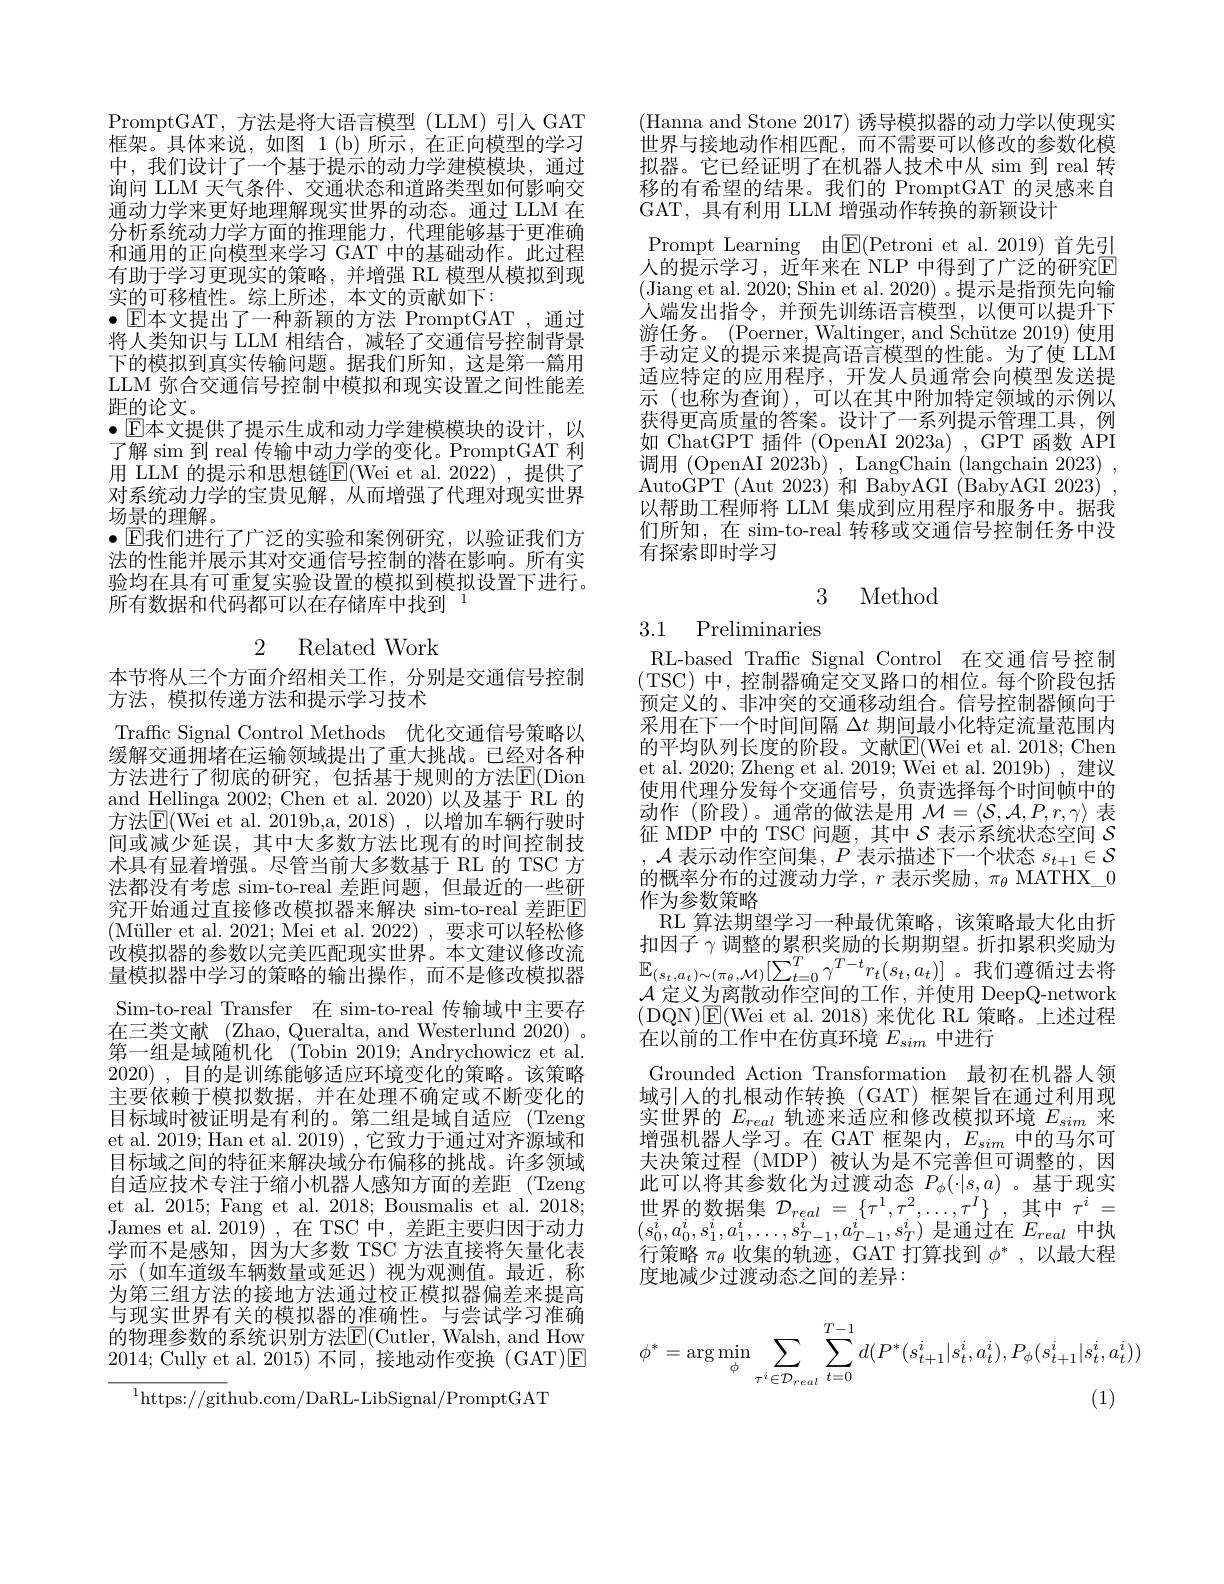
PromptGAT,方法是将大语言模型(LLM)引人 GAT 框架。具体来说，如图 1(b)所示，在正向模型的学习中，我们设计了一个基于提示的动力学建模模块，通过询问 LLM 天气条件、交通状态和道路类型如何影响交通动力学来更好地理解现实世界的动态。通过 LLM 在分析系统动力学方面的推理能力，代理能够基于更准确和通用的正向模型来学习 GAT 中的基础动作。此过程有助于学习更现实的策略，并增强 RL 模型从模拟到现实的可移植性。综上所述，本文的贡献如下：
$\bullet$ $\mathbb{E}$本文提出了一种新颖的方法 PromptGAT,通过将人类知识与 LLM 相结合，减轻了交通信号控制背景下的模拟到真实传输问题。据我们所知，这是第一篇用LLM 弥合交通信号控制中模拟和现实设置之间性能差距的论文。
$\bullet$ $\mathbb{E}$本文提供了提示生成和动力学建模模块的设计，以了解 sim 到 real 传输中动力学的变化。PromptGAT 利用 LLM 的提示和思想链$\overline{\mathrm{E}}($Wei et al.2022),提供了对系统动力学的宝贵见解，从而增强了代理对现实世界场景的理解。
$\bullet$ E我们进行了广泛的实验和案例研究，以验证我们方法的性能并展示其对交通信号控制的潜在影响。所有实验均在具有可重复实验设置的模拟到模拟设置下进行。所有数据和代码都可以在存储库中找到$^{1}$

## 2 Related Work

本节将从三个方面介绍相关工作，分别是交通信号控制
方法，模拟传递方法和提示学习技术
Traffic Signal Control Methods 优化交通信号策略以缓解交通拥堵在运输领域提出了重大挑战。已经对各种方法进行了彻底的研究，包括基于规则的方法$\mathbb{E}($Dion and Hellinga 2002;Chen et al.2020)以及基于 RL 的方法$\overline{\mathrm{E}}($Wei et al. 2019b,a, 2018), 认增加车辆行驶时间或减少延误，其中大多数方法比现有的时间控制技术具有显着增强。尽管当前大多数基于 RL 的 TSC 方法都没有考虑 sim-to-real 差距问题，但最近的一些研究开始通过直接修改模拟器来解决 sim-to-real 差距$\overline{\mathrm{F}}$ (Müller et al. 2021; Mei et al. 2022) , 要求可以轻松修改模拟器的参数以完美匹配现实世界。本文建议修改流量模拟器中学习的策略的输出操作，而不是修改模拟器Sim-to-real Transfer 在 sim-to-real 传输域中主要存在三类文献 (Zhao, Queralta, and Westerlund 2020) 。第一组是域随机化 (Tobin 2019; Andrychowicz et al. 2020) ,目的是训练能够适应环境变化的策略。该策略主要依赖于模拟数据，并在处理不确定或不断变化的目标域时被证明是有利的。第二组是域自适应 (Tzeng et al. 2019; Han et al. 2019) , 它致力于通过对齐源域和目标域之间的特征来解决域分布偏移的挑战。许多领域自适应技术专注于缩小机器人感知方面的差距 (Tzeng et al. 2015; Fang et al. 2018; Bousmalis et al. 2018; James et al. 2019) ,在 TSC 中，差距主要归因于动力学而不是感知，因为大多数 TSC 方法直接将矢量化表示 (如车道级车辆数量或延迟)视为观测值。最近，称为第三组方法的接地方法通过校正模拟器偏差来提高与现实世界有关的模拟器的准确性。与尝试学习准确的物理参数的系统识别方法E(Cutler, Walsh, and How 2014; Cully et al. 2015)不同，接地动作变换 (GAT)$\boxed{\mathrm{E}}$
$^{1}$https://github.com/DaRL-LibSignal/PromptGAT

(Hanna and Stone 2017) 诱导模拟器的动力学以使现实世界与接地动作相匹配，而不需要可以修改的参数化模拟器。它已经证明了在机器人技术中从 sim 到 real 转移的有希望的结果。我们的 PromptGAT 的灵感来自GAT,具有利用 LLM 增强动作转换的新颖设计
Prompt Learning 由$\boxed{\mathbb{E}}($Petroni et al.2019)首先引人的提示学习，近年来在 NLP 中得到了广泛的研究$\overline{\mathrm{E}}$ (Jiang et al. 2020; Shin et al. 2020) 。提示是指预先向输人端发出指令，并预先训练语言模型，以便可以提升下游任务。(Poerner,Waltinger,and Schütze 2019) 使用手动定义的提示来提高语言模型的性能。为了使 LLM 适应特定的应用程序，开发人员通常会向模型发送提示 (也称为查询),可以在其中附加特定领域的示例以获得更高质量的答案。设计了一系列提示管理工具，例如 ChatGPT 插件 (OpenAI 2023a) , GPT 函数 API 调用 (OpenAI 2023b) , LangChain (langchain 2023) , AutoGPT (Aut 2023) 和 BabyAGI (BabyAGI 2023) . 以帮助工程师将 LLM 集成到应用程序和服务中。据我们所知，在 sim-to-real 转移或交通信号控制任务中没有探索即时学习

# 3 Method

# 3.1 Preliminaries

RL-based Traffc Signal Control 在交通信号控制(TSC)中，控制器确定交叉路口的相位。每个阶段包括预定义的、非冲突的交通移动组合。信号控制器倾向于采用在下一个时间间隔$\Delta t$期间最小化特定流量范围内的平均队列长度的阶段。文献$\mathbb{E}($Wei et al. 2018; Chen et al. 2020; Zheng et al. 2019; Wei et al. 2019b) , 建议使用代理分发每个交通信号，负责选择每个时间帧中的动作(阶段)。通常的做法是用$\mathcal{M}=\langle\mathcal{S},\mathcal{A},P,r,\gamma\rangle$表征 MDP 中的 TSC 问题，其中$\mathcal{S}$表示系统状态空间$\mathcal{S}$,$\mathcal{A}$表示动作空间集，$P$表示描述下一个状态$s_t+1\in\mathcal{S}$ 的概率分布的过渡动力学，$r$表示奖励，$\pi_\theta$ MATHX\_0作为参数策略
RL 算法期望学习一种最优策略，该策略最大化由折扣因子$\gamma$调整的累积奖励的长期期望。折扣累积奖励为$\mathbb{E}_{(s_{t},a_{t})\sim(\pi_{\theta},\mathcal{M})}[\sum_{t=0}^{T}\gamma^{T-t}r_{t}(s_{t},a_{t})]$。我们遵循过去将$\mathcal{A}$定义为离散动作空间的工作，并使用 DeepQ-network (DQN)E(Wei et al. 2018)来优化 RL 策略。上述过程在以前的工作中在仿真环境$E_{sim}$中进行
Grounded Action Transformation 最初在机器人领域引入的扎根动作转换 (GAT) 框架旨在通过利用现实世界的$E_{real}$轨迹来适应和修改模拟环境$E_sim$来增强机器人学习。在 GAT 框架内，$E_sim$中的马尔可夫决策过程 (MDP)被认为是不完善但可调整的，因此可以将其参数化为过渡动态$P_\phi(\cdot|s,a)$ 。基于现实世界的数据集$\mathcal{D} _real$ = $\{ \tau ^1, \tau ^2, \ldots , \tau ^I\}$ ,其中$\tau^i=$ $(\overline{s_{0}^{i},a_{0}^{i},s_{1}^{i},a_{1}^{i},\ldots,s_{T-1}^{i},a_{T-1}^{i},s_{T}^{i})}$是通过在$E_real$中执行策略$\pi_\theta$收集的轨迹，GAT 打算找到$\phi^*$,以最大程度地减少过渡动态之间的差异：
$$\phi^*=\arg\min_{\phi}\sum_{\tau^{i}\in\mathcal{D}_{real}}\sum_{t=0}^{T-1}d(P^*(s_{t+1}^i|s_t^i,a_t^i),P_\phi(s_{t+1}^i|s_t^i,a_t^i))$$